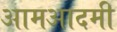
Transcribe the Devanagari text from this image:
आमआदमी